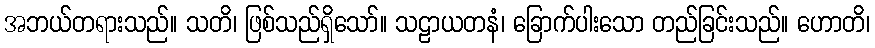
အဘယ်တရားသည်။ သတိ၊ ဖြစ်သည်ရှိသော်။ သဠာယတနံ၊ ခြောက်ပါးသော တည်ခြင်းသည်။ ဟောတိ၊